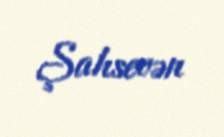
Şahsevən